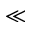
\ll